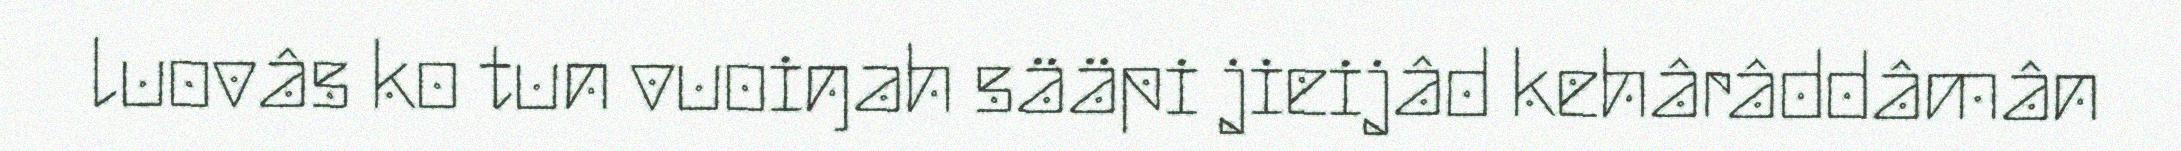
luovâs ko tun vuoiŋah sääpi jieijâd kehârâddâmân